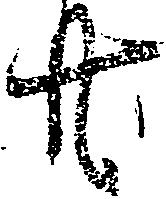
共